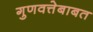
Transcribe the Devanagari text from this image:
गुणवत्तेबाबत